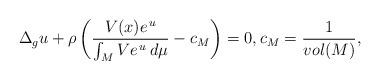
LaTeX: \begin{align*}\Delta_g u+\rho\left (\frac{V(x) e^{\,u}}{\int_M V e^{\,u}\,d\mu}-c_M\right)=0,c_M=\frac{1}{\mathop{vol}(M)},\end{align*}